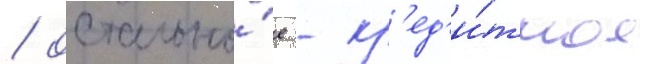
/ остально́е - кр'ед'и́тное